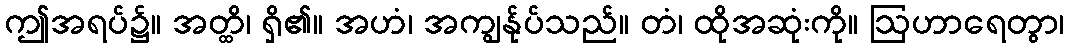
ဤအရပ်၌။ အတ္ထိ၊ ရှိ၏။ အဟံ၊ အကျွန်ုပ်သည်။ တံ၊ ထိုအဆုံးကို။ ဩဟာရေတွာ၊